Report of the Municipal Commissioner on the plague in Bombay for the year ending 31st May... - Volume 2
Disease focus: Plague
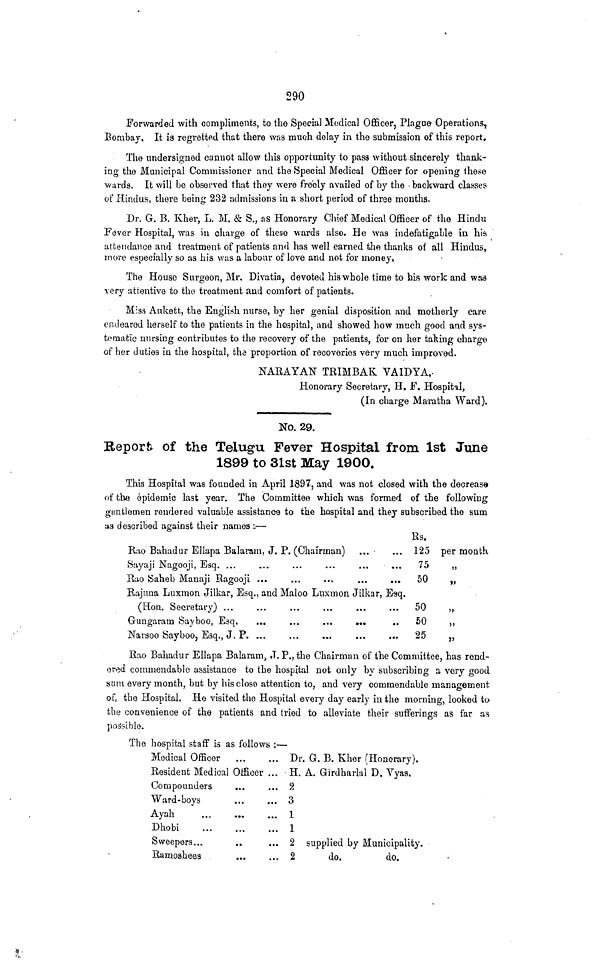
290
Forwarded with compliments, to the Special Medical Officer, Plague Operations,
Bombay, It is regretted that there was much delay in the submission of this report.
The undersigned cannot allow this opportunity to pass without sincerely thank-
ing the Municipal Commissioner and the Special Medical Officer for opening these
•wards. It will be observed that they were freely availed of by the 'backward classes
of Hindus, there being 232 admissions in a short period of three months.
Dr. G. B. Kher, L. M. & S., as Honorary Chief Medical Officer of the Hindu
Fever Hospital, was in charge of these wards also. He was indefatigable in his
attendance and treatment of patients and has well earned the thanks of all Hindus,
more especially so as his was a labour of love and not for money,
The House Surgeon, Mr, Divatia, devoted his whole time to his work and was
very attentive to the treatment and comfort of patients.
Miss Auketfc, the English nurse, by her genial disposition and motherly care
endeared herself to the patients in the hospital, and showed how much good and sys-
tematic nursing contributes to the recovery of the patients, for on her taking charge
of her duties in the hospital, the proportion of recoveries very much improved.
NARAYAN TRIMBAK VAIDYA,-
Honorary Secretary, H. F. Hospital,
(In cbarge Maratrha Ward).
No. 29.
Report of the Telugu Fever Hospital from 1st June
1899 to 31st May 1900.
This Hospital was founded in April 1897, and was not closed with the decrease
of the epidemic last year. The Committee which was formed of the following
gentlemen rendered valuable assistance to the hospital and they subscribed the sum
as described against their names •.—
Ks.
Rao Bahadur Ellapa Balaram, J. P. (Chairman) ... • ... 125 per month
Sayaji Nagooji, Esq. ...
....
...
...
...
...
75
„
Rao Saheb Manaji Ragooji ...
...
...
...
...
50
„
Rajuna Luxmon Jilkar, Esq., and Maloo Luxmon Jiikar, Esq.
(Hon. Secretary) ...
...
...
...
...
...
50
,Ĝ
ungaram Sayboo, Esq.
...
...
...
...
..
50
,,
Narsoo SayboOj Esq., J. P. ....
...
„..
...
...
25
,,
Rao Bahadur Ellapa Balaram> J. P., the Chairman of the Committee, has rend-
ered commendable assistance to the hospital not only by subscribing a very good
sum every month, but by his close attention to, and very commendable management
of, the Hospital. He visited the Hospital every day early in the morning, looked to
the convenience of the patients and tried to alleviate their sufferings as far as
possible.
The hospital staff is as follows :—
Medical Officer
Dr. Q. B. Kher (Honorary).
Resident Medical Officer ... H. A. Girdharlal D. Vyas.
Com pounders
...
... 2
Ward-boys
...
... 3
Ayah
1
Dhobi
1
Sweepers...
..
... 2 supplied by Municipality.
Ramoshees
2
do.
do.